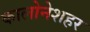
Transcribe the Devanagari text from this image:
कालोनेशहर